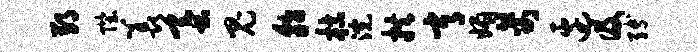
郢陛羡蚕鬼貂枯浣拱常媚禽边及缚